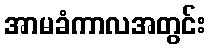
အာမခံကာလအတွင်း